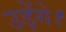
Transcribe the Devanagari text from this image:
उड़ेंगे।